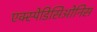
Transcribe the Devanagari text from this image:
एक्स्पेडिसिओनिस